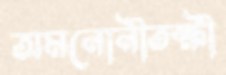
অমনোনীতক্ষী